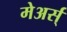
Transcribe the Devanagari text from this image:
मेअर्स्